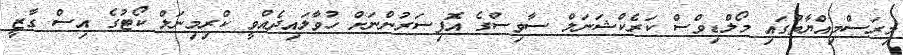
މިރަސްމިއްޔާތުގައި މޯލްޑިވްސް ކަރެކްޝަނަލް ސާވިސްގެ އޮފިސަރުންނަށް ހުވާލައިދެއްވީ ކްރިމިނަލް ކޯޓުގެ އިސް ގާޒީ